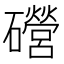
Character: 𥗞